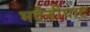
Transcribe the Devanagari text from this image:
भदैनीघाट